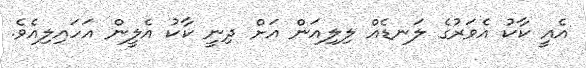
އެއީ ކާކު އެވަރުގެ ލަނޑެއް ލިލިއަން އަށް ދިނީ ކާކު އެލީން އަހައިލިއެވެ.